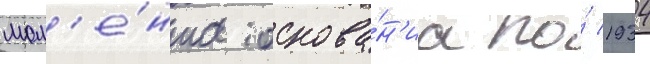
мом'е́нта основа́н'иа по́ 1934